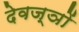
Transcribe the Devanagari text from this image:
देवज्ञों